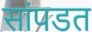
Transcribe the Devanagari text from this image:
सांपडत